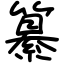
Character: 纂